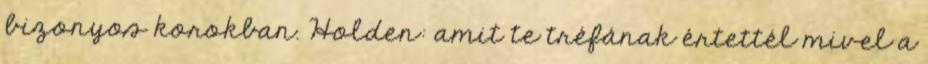
bizonyos korokban. Holden: amit te tréfának értettél mivel a